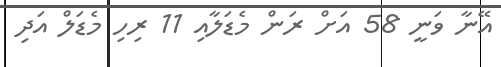
އޭނާ ވަނީ 58 އަށް ރަން މެޑަލާއި 11 ރިހި މެޑަލް އަދި